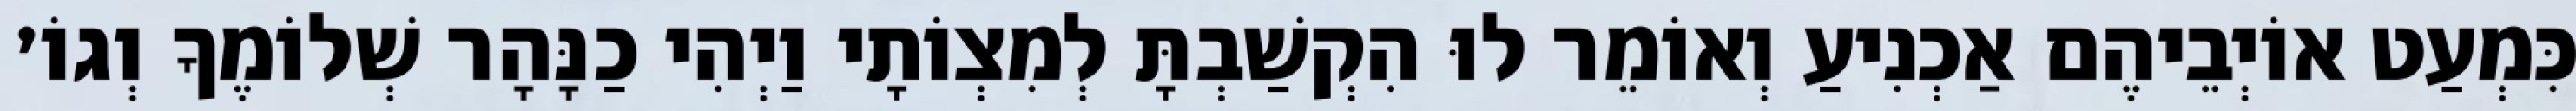
כִּמְעַט אוֹיְבֵיהֶם אַכְנִיעַ וְאוֹמֵר לוּ הִקְשַׁבְתָּ לְמִצְוֹתָי וַיְהִי כַנָּהָר שְׁלוֹמֶךָ וְגוֹ׳